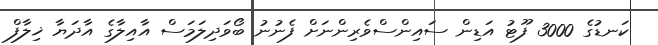
ކަނޑުގެ 3000 ފޫޓު އަޑިން ސައިންސްވެރިންނަށް ފެނުނު ބޯވަދިލަމަސް އާއިލާގެ އާދަޔާ ޚިލާފް